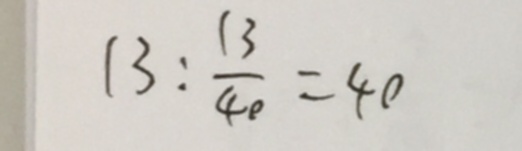
1 3 : \frac { 1 3 } { 4 0 } = 4 0